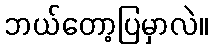
ဘယ်တော့ပြမှာလဲ။